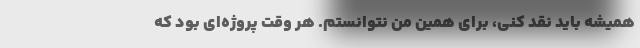
همیشه باید نقد کنی، برای همین من نتوانستم. هر وقت پروژه‌ای بود که